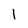
Character: 1